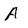
Character: A